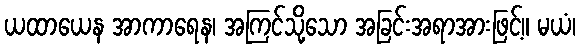
ယထာယေန အာကာရေန၊ အကြင်သို့သော အခြင်းအရာအားဖြင့်။ မယံ၊